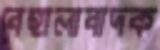
বেহালাবাদক